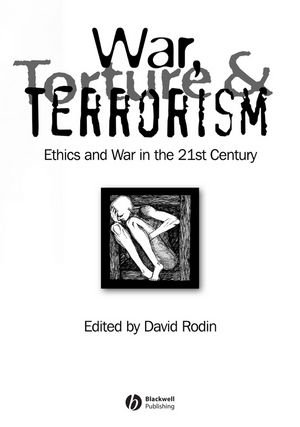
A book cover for War, Torture and Terrorism: Ethics and War in the 21st Century; Politics & Social Sciences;